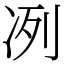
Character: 冽